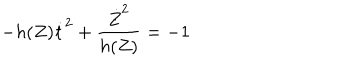
- h ( Z ) \dot { t } ^ { 2 } + \frac { \dot { Z } ^ { 2 } } { h ( Z ) } = - 1